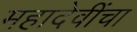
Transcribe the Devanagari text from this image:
महादेवींचा